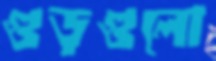
গুড়গুলো